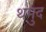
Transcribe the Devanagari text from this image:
थमुद